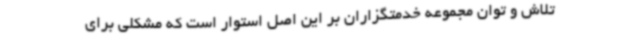
تلاش و توان مجموعه خدمتگزاران بر این اصل استوار است که مشکلی برای